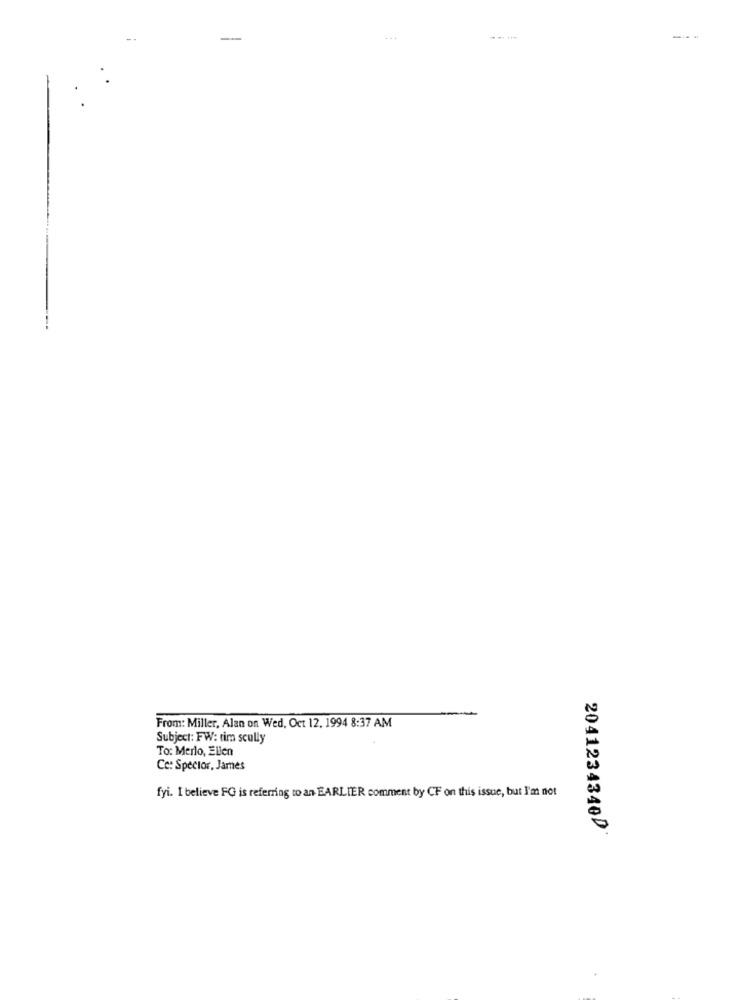
---
From: Miller, Alan on Wed, Oct 12, 1994 8:37 AM
Subject: FW: rim scully
To: Merlo, Ellen
Ce: Spector, James
fyi. I believe FG is referring to an EARLIER comment by CF on this issue, but I'm not
2041234340D